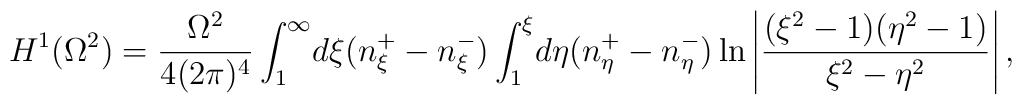
H^1(\Omega^2)=\frac{\Omega^2}{4(2\pi)^4}\int_1^{\infty}\!d\xi    (n_{\xi}^+-n_{\xi}^-)\int_1^{\xi}\!d\eta(n_{\eta}^+-n_{\eta}^-)    \ln\left|\frac{(\xi^2-1)(\eta^2-1)}{\xi^2-\eta^2}\right|,